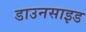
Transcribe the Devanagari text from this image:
डाउनसाइड